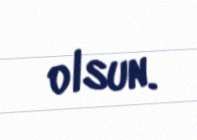
olsun.